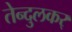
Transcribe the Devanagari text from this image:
तेन्दुलकर्